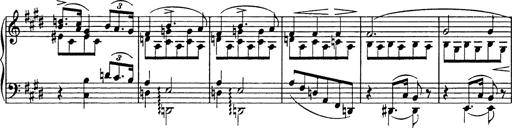
Title: Consolations
Composer: Franz Liszt